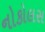
નોકોલસ